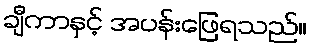
ချီကာနှင့် အပန်းဖြေရသည်။